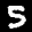
Label: 5